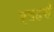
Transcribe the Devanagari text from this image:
एवढसं